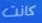
كانت